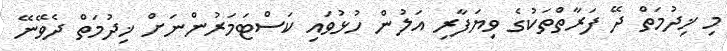
މި ޚިދުމަތް ދޭ ފަރާތްތަކުގެ ވިޔަފާރި އަލުން ހުޅުވައި ކަސްޓަމަރުންނަށް ޚިދުމަތް ދެވޭނޭ